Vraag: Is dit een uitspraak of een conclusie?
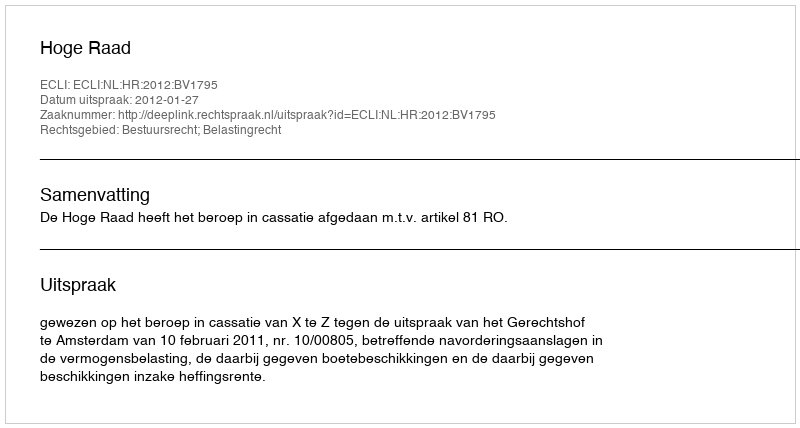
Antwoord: Uitspraak